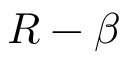
R - \beta